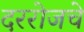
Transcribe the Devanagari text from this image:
दररोजचे